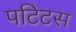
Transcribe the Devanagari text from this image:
पटिटस